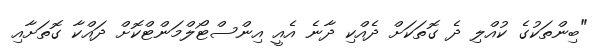
"ބިންތަކުގެ ކުއްލި ދެ ގޮތަކަށް ދެއްކި ދާނެ އެއީ އިންސްޓޯލްމަންޓްކޮށް ދައްކާ ގޮތަށާއި